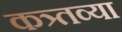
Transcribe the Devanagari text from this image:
कत्र्तव्या